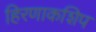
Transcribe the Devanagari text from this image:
हिरणाकशिप